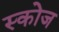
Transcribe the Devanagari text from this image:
स्कोज